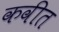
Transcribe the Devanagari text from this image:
कवीत